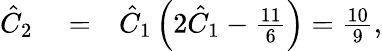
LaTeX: \begin{array}{rlr}{\hat{C}_{2}}&{{}=}&{\hat{C}_{1}\left(2\hat{C}_{1}-\frac{11}{6}\right)=\frac{10}{9},}\end{array}